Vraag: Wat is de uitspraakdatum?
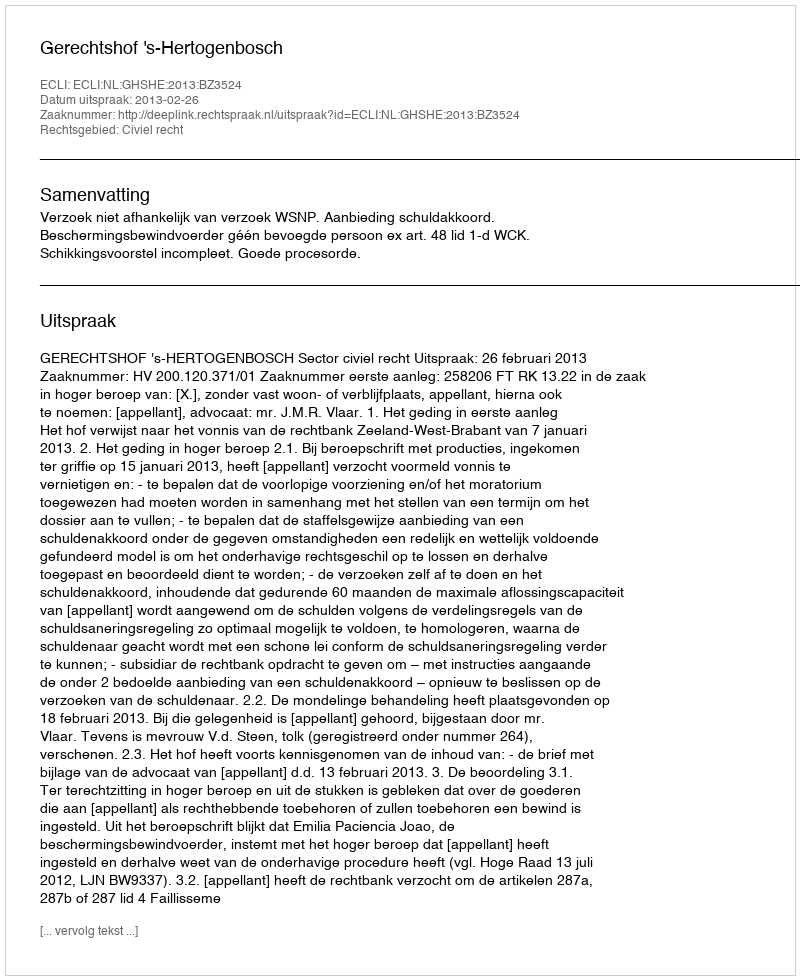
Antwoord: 2013-02-26